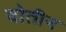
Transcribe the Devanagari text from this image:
दोतीन